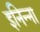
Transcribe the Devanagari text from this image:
इनिन्ना